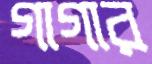
গাগার